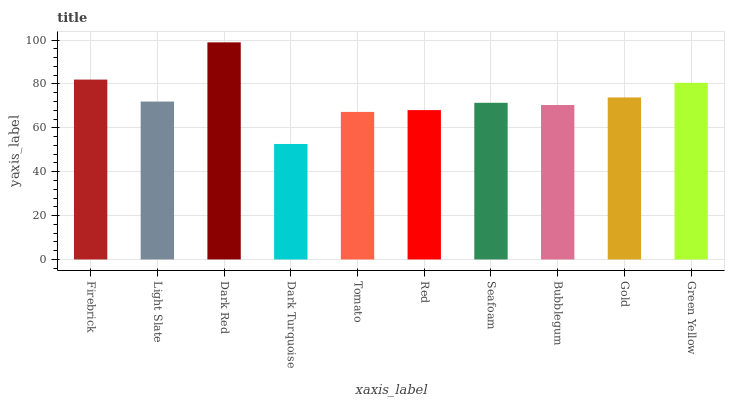
| xaxis_label | bars |
 | --- | --- |
 | Firebrick | 82 |
 | Light Slate | 72 |
 | Dark Red | 99 |
 | Dark Turquoise | 52.7 |
 | Tomato | 67.3 |
 | Red | 68.1 |
 | Seafoam | 71.4 |
 | Bubblegum | 70.4 |
 | Gold | 73.9 |
 | Green Yellow | 80.5 |